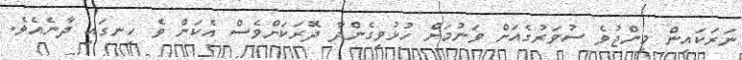
ނަރަކައިން މިންޖުވެ ސުވަރުގެއަށް ވަނުމަށް ހުޅުވިގެންދާ ދޮރަކަށްވެސް އެކަން ވެ ހިނގައި ދާނެއެވެ.